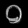
Digit: ၀